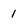
Character: 1